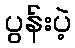
ပွန်းပဲ့